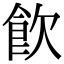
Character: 飮